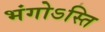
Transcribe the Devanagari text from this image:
भंगोऽस्ति